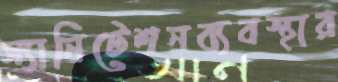
স্যানিটেশনব্যবস্থার